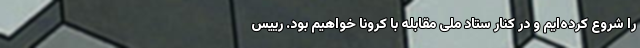
را شروع کرده‌ایم و در کنار ستاد ملی مقابله با کرونا خواهیم بود. رییس